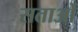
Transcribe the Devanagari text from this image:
सताओं